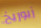
زيوريخ